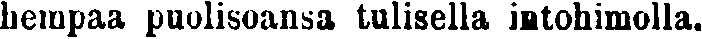
hempaa puolisoansa tulisella intohimolla.